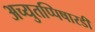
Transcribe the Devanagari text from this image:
अच्युतप्पिषारडी